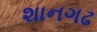
શાનગઢ